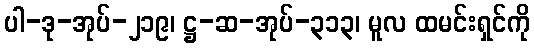
ပါ-ဒု-အုပ်-၂၁၉၊ ဋ္ဌ-ဆ-အုပ်-၃၁၃၊ မူလ ထမင်းရှင်ကို